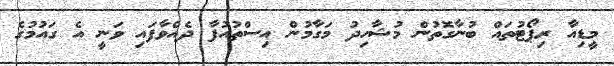
މީޑިއާ ރިޕޯޓުތައް ބުނާގޮތުން މުޝާހިދު މަގާމުން އިސްތުއުފާ ދެއްވާފައި ވަނީ އެ ގައުމުގެ